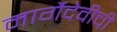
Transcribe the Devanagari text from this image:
मार्गैदेवीची